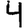
Digit: 4